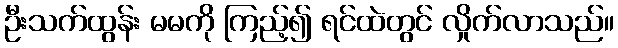
ဦးသက်ထွန်း မမကို ကြည့်၍ ရင်ထဲတွင် လှိုက်လာသည်။